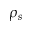
\rho _ { s }